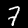
Digit: 7